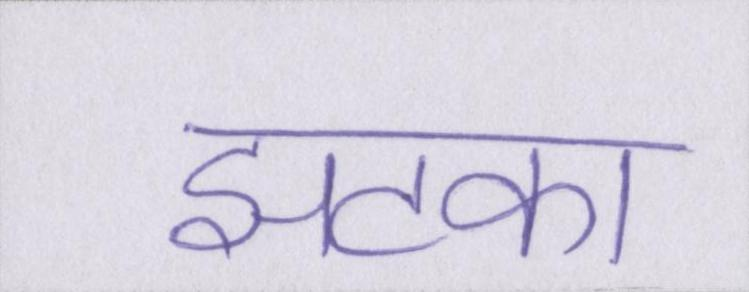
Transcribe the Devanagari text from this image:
झटका